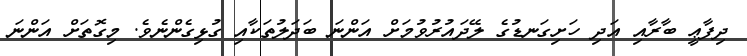
ދިފާޢީ ބާރާއި އަދި ހަށިގަނޑުގެ ލޭދައުރުވުމަށް އަންނަ ބަދަލުތަކާއި ގުޅިގެންނެވެ. މިގޮތަށް އަންނަ